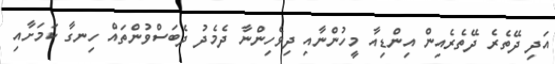
އަދި ދޭތެރެ ދޭތެރެއިން އިންޑިއާ މީހުންނާއި ދިވެހިންނާ ދެމެދު ދެބަސްވުންތައް ހިނގާ ކަމަށާއި